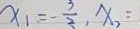
x _ { 1 } = - \frac { 3 } { 2 } , x _ { 2 } =